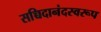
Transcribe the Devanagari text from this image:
सच्चिदानंदस्वरूप